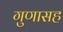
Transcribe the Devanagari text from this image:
गुणासह